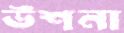
উশনা